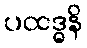
ပထဒ္ဓနိ